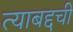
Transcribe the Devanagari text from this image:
त्याबद्दची